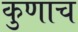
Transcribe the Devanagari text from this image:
कुणाच